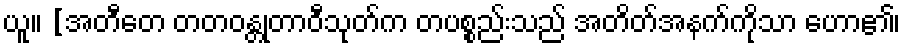
ယူ။ [အတီတေ တတဝန္တုတာဝီသုတ်က တပစ္စည်းသည် အတိတ်အနက်ကိုသာ ဟော၏၊